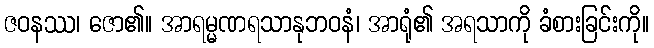
ဇဝနဿ၊ ဇော၏။ အာရမ္မဏရသာနုဘဝနံ၊ အာရုံ၏ အရသာကို ခံစားခြင်းကို။